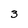
Character: 3